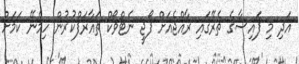
އަދި މި ފައިސާގެ ތެރޭގައި ރާއްޖެއަށް ފޯޖީ ނެޓްވޯކް ތައާރަފްކުރުން ހިމެނޭ ކަމަށް